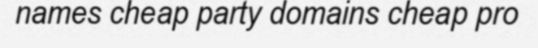
names cheap party domains cheap pro